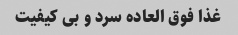
غذا فوق العاده سرد و بی کیفیت